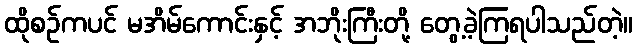
ထိုစဉ်ကပင် မအိမ်ကောင်းနှင့် အဘိုးကြီးတို့ တွေ့ခဲ့ကြရပါသည်တဲ့။